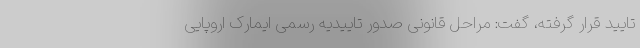
تایید قرار گرفته، گفت: مراحل قانونی صدور تاییدیه رسمی ایمارک اروپایی